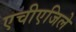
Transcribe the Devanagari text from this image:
एचीएजिले